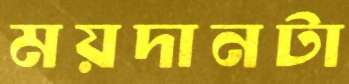
ময়দানটা